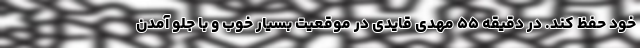
خود حفظ کند. در دقیقه ۵۵ مهدی قایدی در موقعیت بسیار خوب و با جلو آمدن